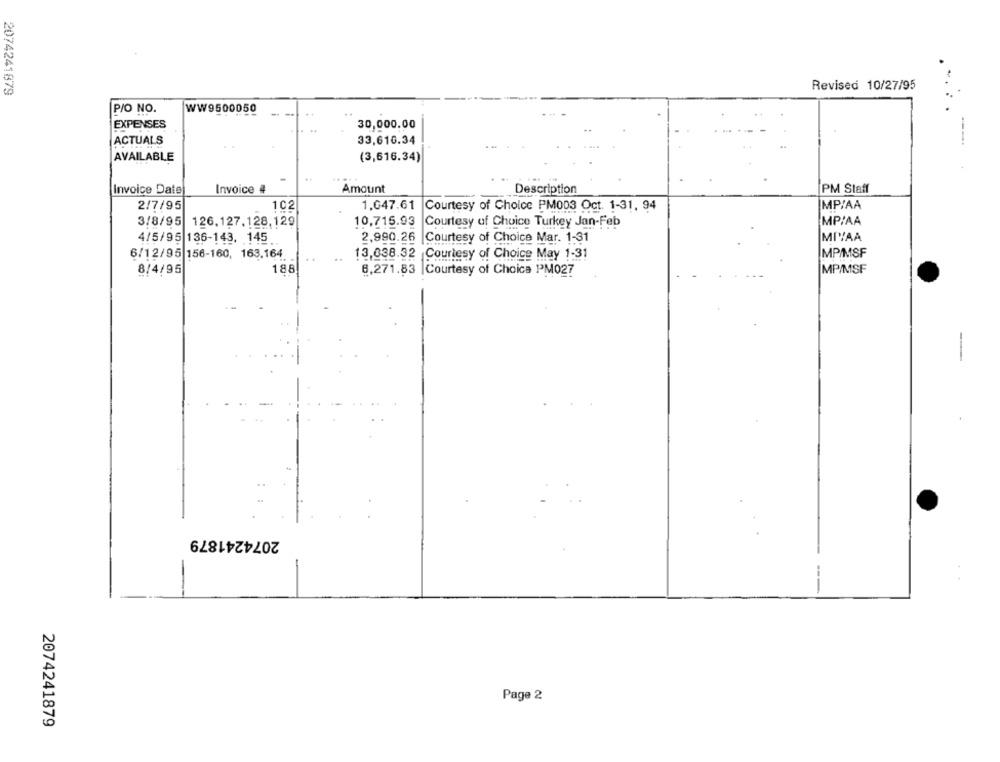
Revised 10/27/95
2074241879
P/O NO.
WW9500050
EXPENSES
30,000.00
ACTUALS
33,616.34
AVAILABLE
(3,616.34)
Invoice Date
Invoice 4
Amount
Description
PM Staff
2/7/95
102
MP/AA
1.047.61 Courtesy of Choice PM003 Oct. 1-31, 94
3/8/95
126.127.128,129
MP/AA
10,715.93
Courtesy of Choice Turkey Jan-Feb
MIVAA
4/5/95 136-143, 145
2,990.26
Courtesy of Choice Mar. 1-31
6/12/95 156-160, 163.164
13.038.32 Courtesy of Choice May 1-31
MP/MSF
8/4/95
188
8,271.83 |Courtesy of Choice PM027
MP/MSF
2074241879
--
Page 2
2074241879